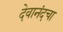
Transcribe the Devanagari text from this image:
देवानंदचा